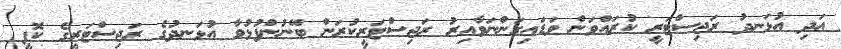
އަދި އުޅަނދު ރަޖިސްޓަރީ ކުރައްވަން ވަޑައިގަންނަވާއިރު ރަޖިސްޓަރީކުރަން ބޭނުންފުޅުވާ އުޅަނދުގެ ރަޖިސްޓަރީގެ ކޮޕީ